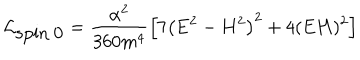
\mathcal { L } _ { \mathrm { s p i n ~ 0 } } = \frac { \alpha ^ { 2 } } { 3 6 0 m ^ { 4 } } \left[ 7 \left( \mathbf { E } ^ { 2 } - \mathbf { H } ^ { 2 } \right) ^ { 2 } + 4 ( \mathbf { E H } ) ^ { 2 } \right]